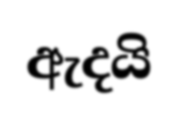
ඇදයි